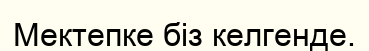
Мектепке біз келгенде.